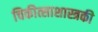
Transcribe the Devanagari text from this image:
चिकीत्साशास्त्रकी